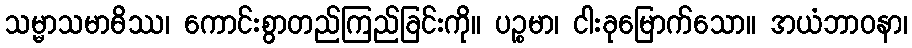
သမ္မာသမာဓိဿ၊ ကောင်းစွာတည်ကြည်ခြင်းကို။ ပဉ္စမာ၊ ငါးခုမြောက်သော။ အယံဘာဝနာ၊